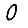
Digit: 0